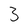
Character: 3